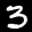
Label: 3